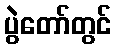
ပွဲတော်တွင်